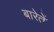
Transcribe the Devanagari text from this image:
बारेतें